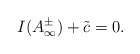
\begin{align*}I(A^{\pm}_{\infty} ) + \tilde{c} = 0 .\end{align*}